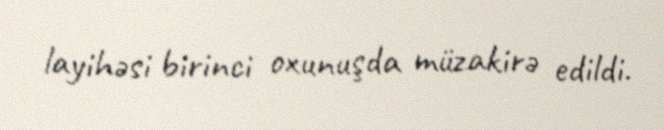
layihəsi birinci oxunuşda müzakirə edildi.